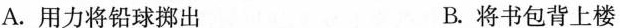
A.用力将铅球拼出 B.将书包背上楼